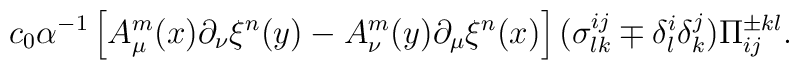
c_0 \alpha ^{-1}\left[ A_\mu ^m(x) \partial _\nu \xi ^n(y) -   A_\nu^m(y)\partial_\mu\xi^n(x)\right](\sigma _{lk}^{ij} \mp \delta _l^i \delta _k^j)\Pi _{ij}^{\pm kl}.